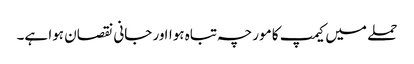
حملے میں کیمپ کا مورچہ تباہ ہوااور جانی نقصان ہوا ہے۔